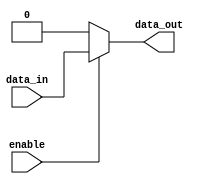
module simple_assign (
    input wire enable,
    input wire data_in,
    output reg data_out
);

// Assign statement to update data_out based on enable signal
assign data_out = enable ? data_in : 1'b0;

endmodule